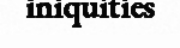
iniquities